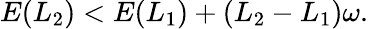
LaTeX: \begin{array}{r}{E(L_{2})<E(L_{1})+(L_{2}-L_{1})\omega.}\end{array}